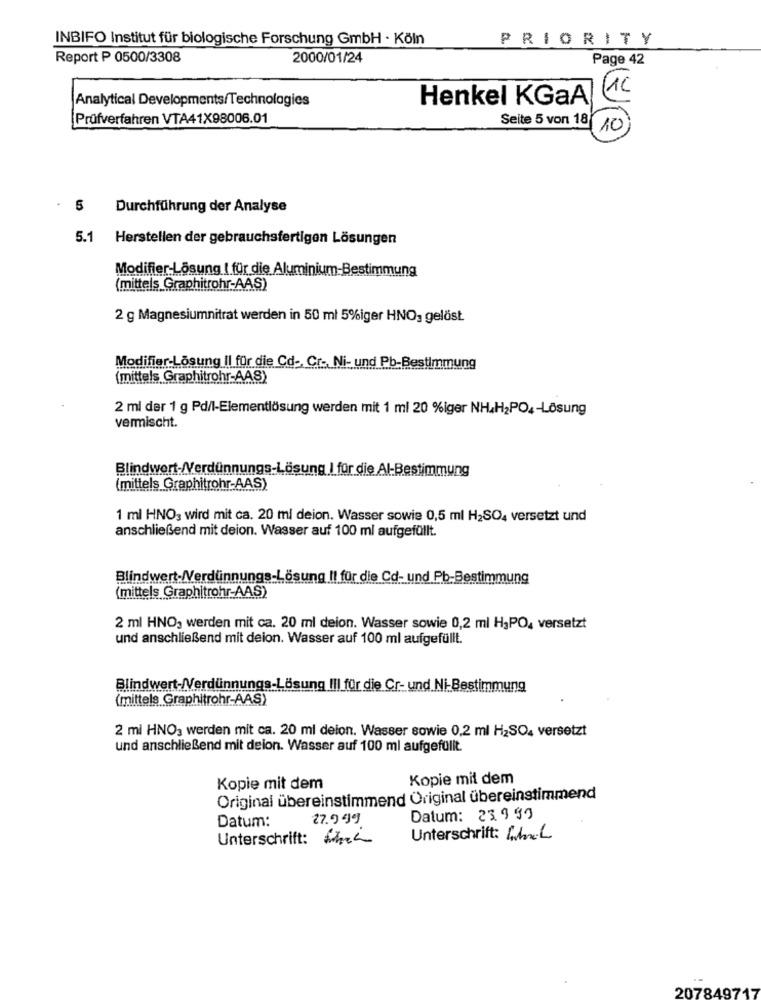
INBIFO Institut für biologische Forschung GmbH · Köln
PRIORITY
Report P 0500/3308
2000/01/24
Page 42
(1C
Analytical Developments/Technologies
Henkel KGaA
Prüfverfahren VTA41X98006.01
Seite 5 von 18
10)
. 5
Durchführung der Analyse
5.1
Herstellen der gebrauchsfertigen Lösungen
Modifier-Lösung I für die Aluminium-Bestimmung
(mittels Graphitrohr-AAS)
2 g Magnesiumnitrat werden in 50 ml 5%iger HNO, gelöst
Modifier-Lösung !! für die Cd -, Cr -, Ni- und Pb-Bestimmung
(mittels Graphitrohr-AA
2 ml der 1 g Pd/l-Elementlösung werden mit 1 ml 20 %iger NH4H2PO4-Lösung
vermischt.
Blindwert-/Verdünnungs-Lösung | für die Al-Bestimmung
(mittels Graphitrohr-AAS)
1 ml HNO3 wird mit ca. 20 ml deion. Wasser sowie 0,5 ml H2SO4 versetzt und
anschließend mit deion. Wasser auf 100 ml aufgefüllt.
Blindwert-/Verdünnungs-Lösung !! für die Cd- und Pb-Bestimmung
(mittels Graphitrohr-AAS)
2 ml HNO, werden mit ca. 20 ml deion. Wasser sowie 0,2 ml H3PO, versetzt
und anschließend mit deion. Wasser auf 100 ml aufgefüllt.
Blindwert-/Verdünnungs-Lösung III für die Cr- und Ni-Bestimmung
(mittels Graphitrohr-AAS)
2 mi HNO3 werden mit ca. 20 ml deion. Wasser sowie 0,2 ml H2SO4 versetzt
und anschließend mit deion. Wasser auf 100 ml aufgefüllt.
Kopie mit dem
Kopie mit dem
Original übereinstimmend Original übereinstimmend
27.949
Datum: 23999
Datum:
Unterschrift: Fire
Unterschrift: [h.L
207849717